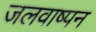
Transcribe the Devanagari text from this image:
जलवाष्पन